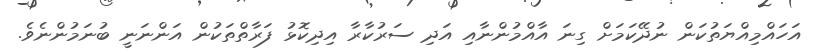
އަހައްމިއްޔަތުކަން ނުދޭކަމަށް ގިނަ އާއްމުންނާއި އަދި ސަރުކާރާ އިދިކޮޅު ފަރާތްތަކުން އަންނަނީ ބުނަމުންނެވެ.